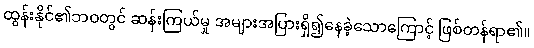
ထွန်းနိုင်၏ဘဝတွင် ဆန်းကြယ်မှု အများအပြားရှိ၍နေခဲ့သောကြောင့် ဖြစ်တန်ရာ၏။